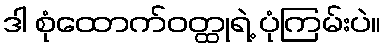
ဒါ စုံထောက်ဝတ္ထုရဲ့ ပုံကြမ်းပဲ။